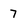
Character: 7